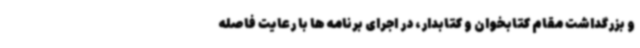
و بزرگداشت مقام کتابخوان و کتابدار، در اجرای برنامه ها با رعایت فاصله